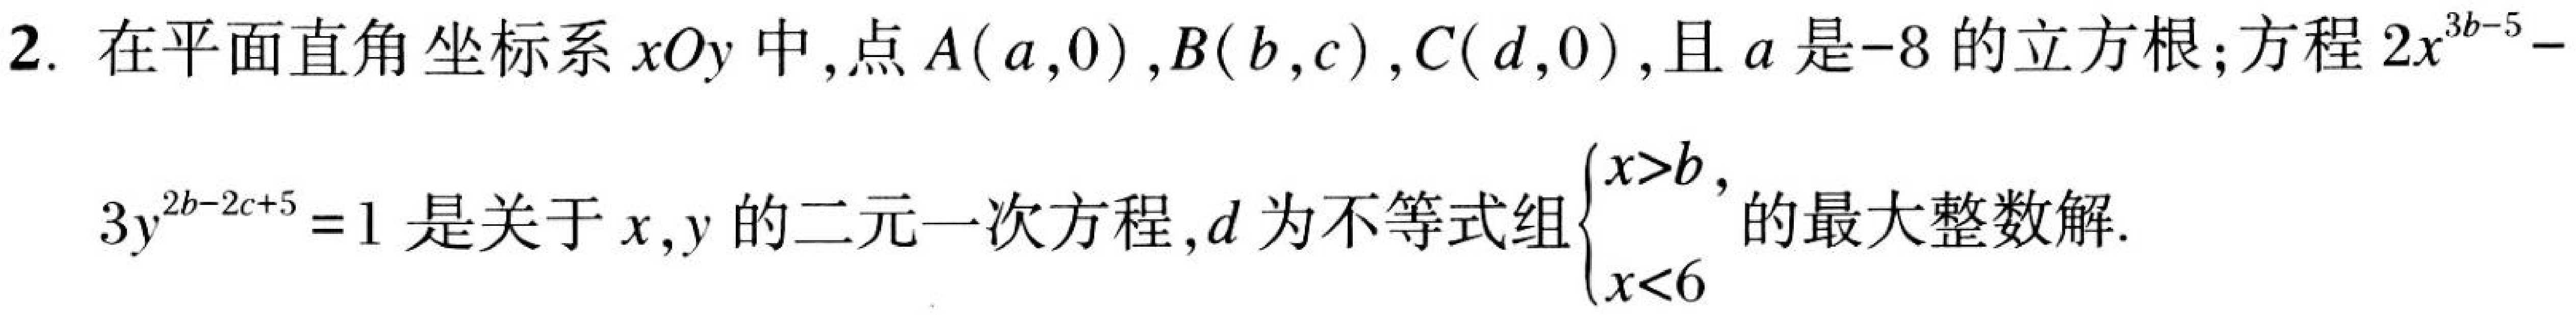
2. 在平面直角坐标系 \(xOy\) 中，点 \(A(a,0)\)，\(B(b,c)\)，\(C(d,0)\)，且 \(a\) 是\(-8\)的立方根；方程 \(2x^{3b - 5}-3y^{2b - 2c + 5}=1\) 是关于 \(x,y\) 的二元一次方程，\(d\) 为不等式组\(\begin{cases}x > b,\\x < 6\end{cases}\)的最大整数解.